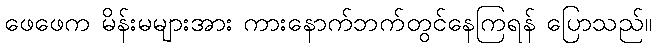
ဖေဖေက မိန်းမများအား ကားနောက်ဘက်တွင်နေကြရန် ပြောသည်။